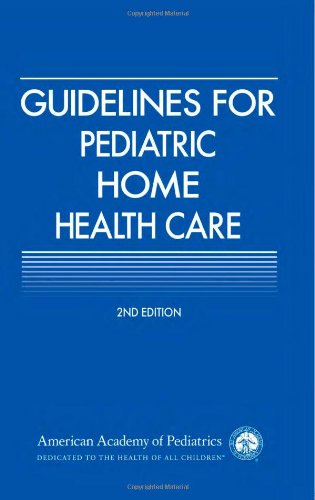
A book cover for Guidelines for Pediatric Home Health Care (American Academy of Pediatrics); AAP Section on Home Health Care; Medical Books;